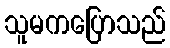
သူမကပြောသည်